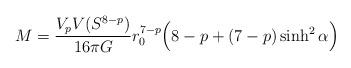
LaTeX: \begin{align*}M = \frac{V_p V(S^{8-p})}{16\pi G} r_0^{7-p}\Big( 8-p + (7-p)\sinh^2 \alpha \Big)\end{align*}